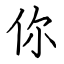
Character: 你